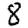
Digit: 8